Leningradi_Edasi_toimetus, lk 78
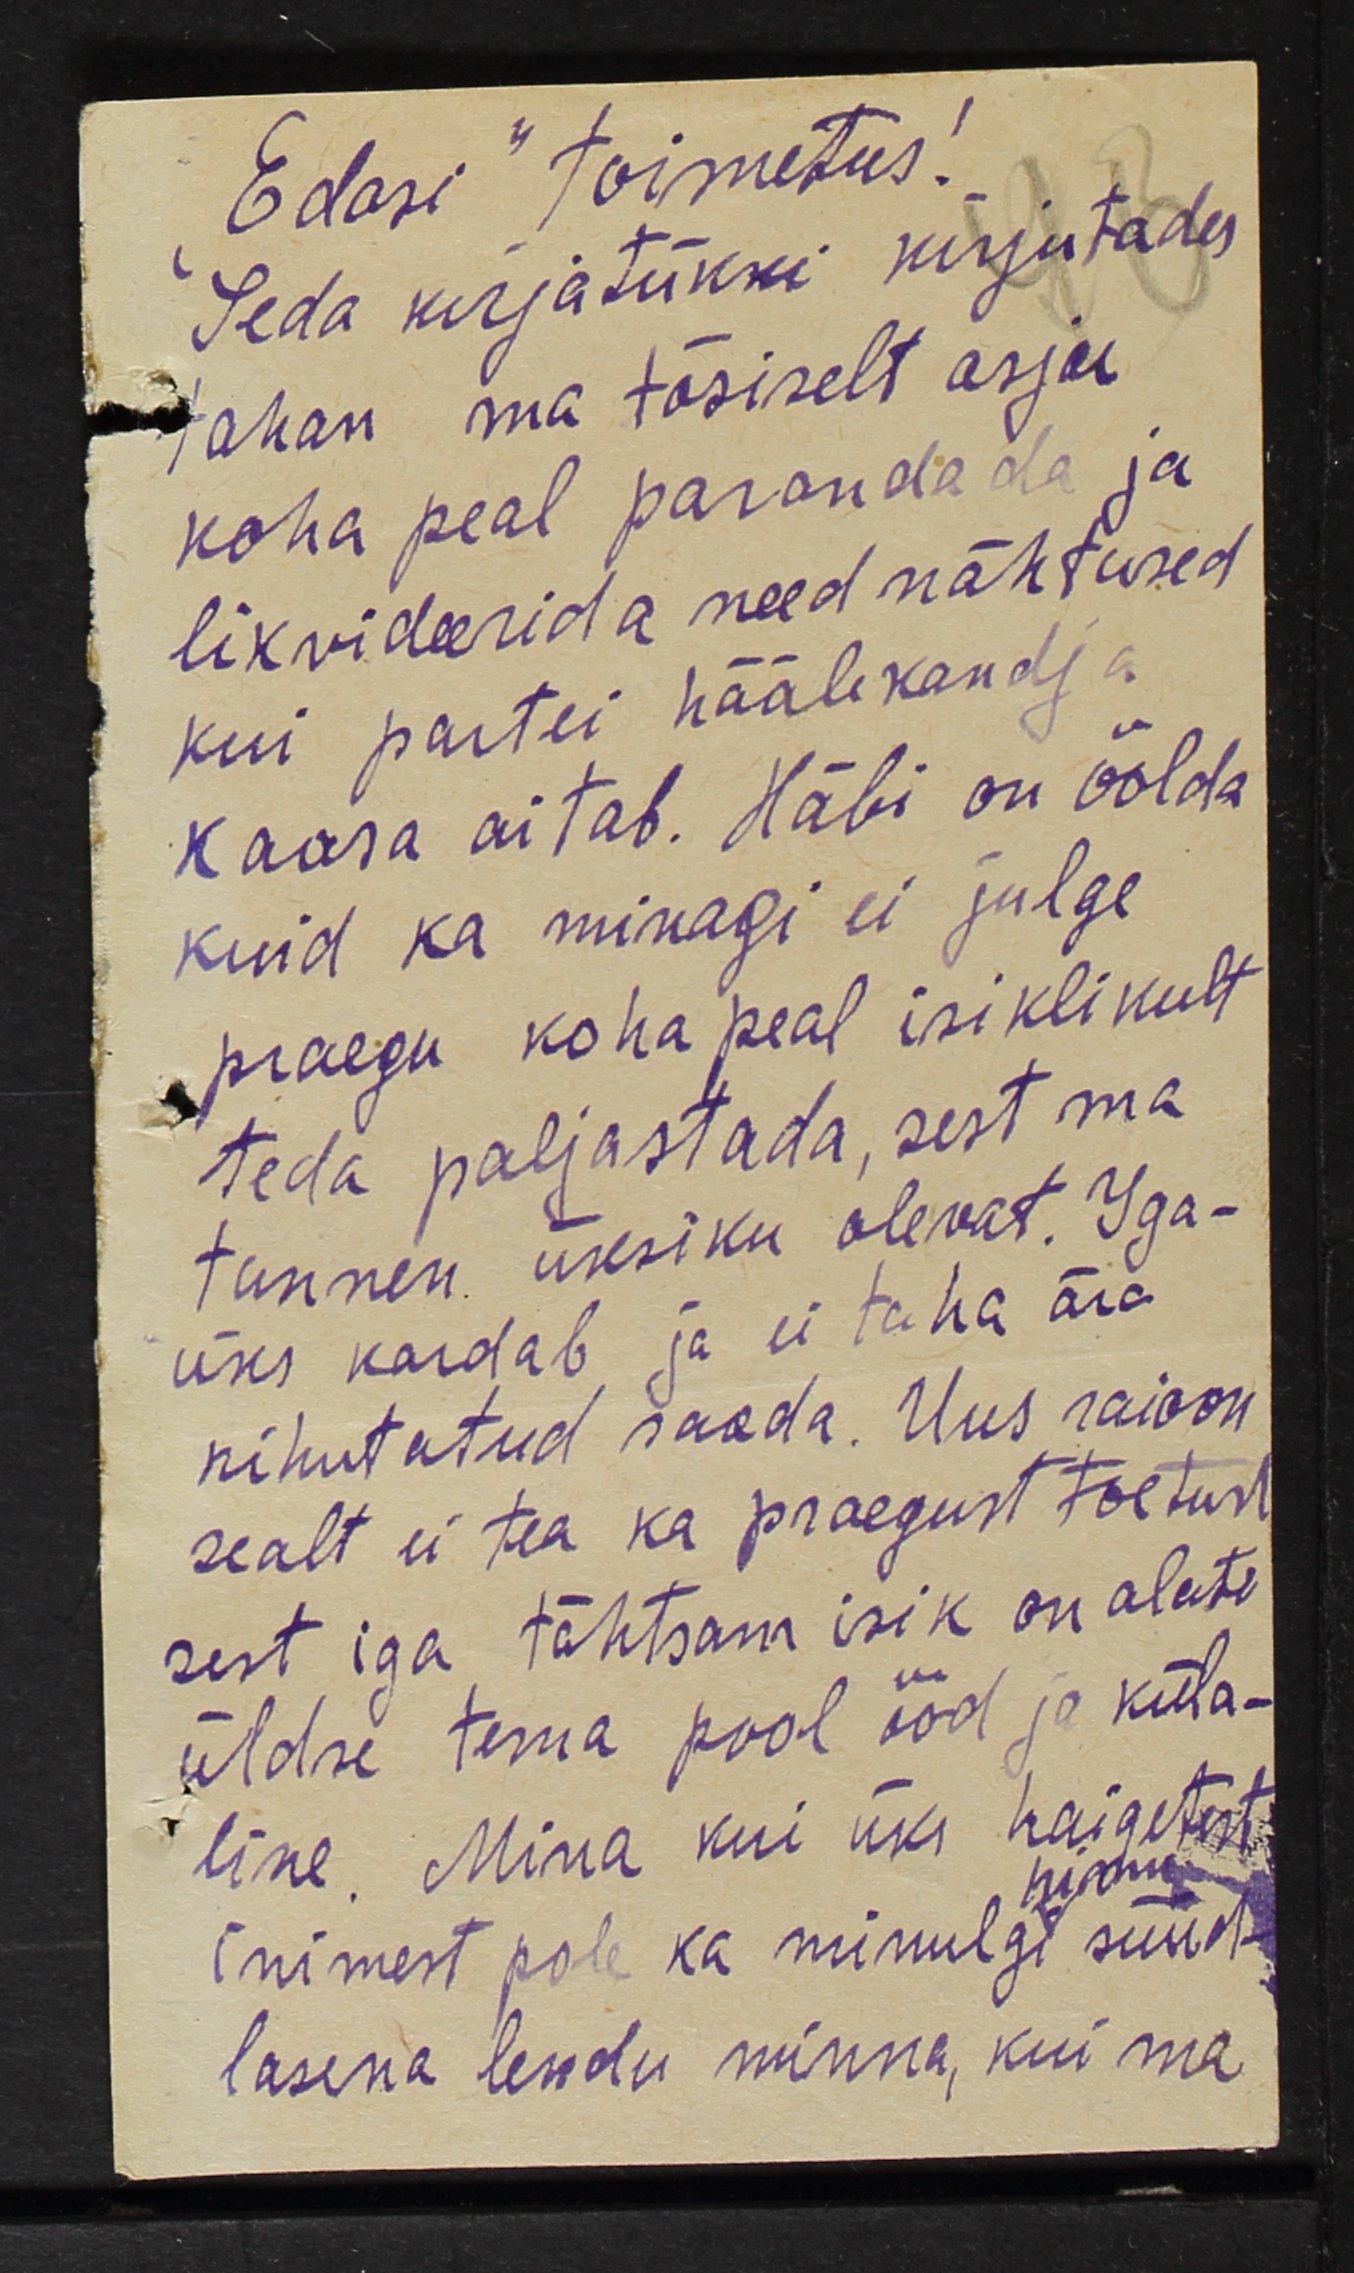
"Edasi" toimetus!
Seda kirjatükki kirjutades
tahan ma tõsiselt asju,
koha peal parandada ja
likvideerida need nähtused
kui partei häälekandja
kaasa aitab. Häbi on öölda
kuid ka minagi ei julge
praegu koha peal isiklikult
teda paljastada, sest ma
tunnen üksiku olevat. Iga-
üks kardab ja ei taha ära
nihutatud saada. Uus raioon
sealt ei tea ka praegust toetust
sest iga tähtsam isik on alati
üldse tema pool ööd ja küla-
line. Mina kui üks haigetest
inimest pole ka minulgi süüd-
lasena lendu minna, kui ma